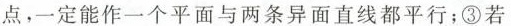
点，一定能作一个平面与两条异面直线都平行；③若